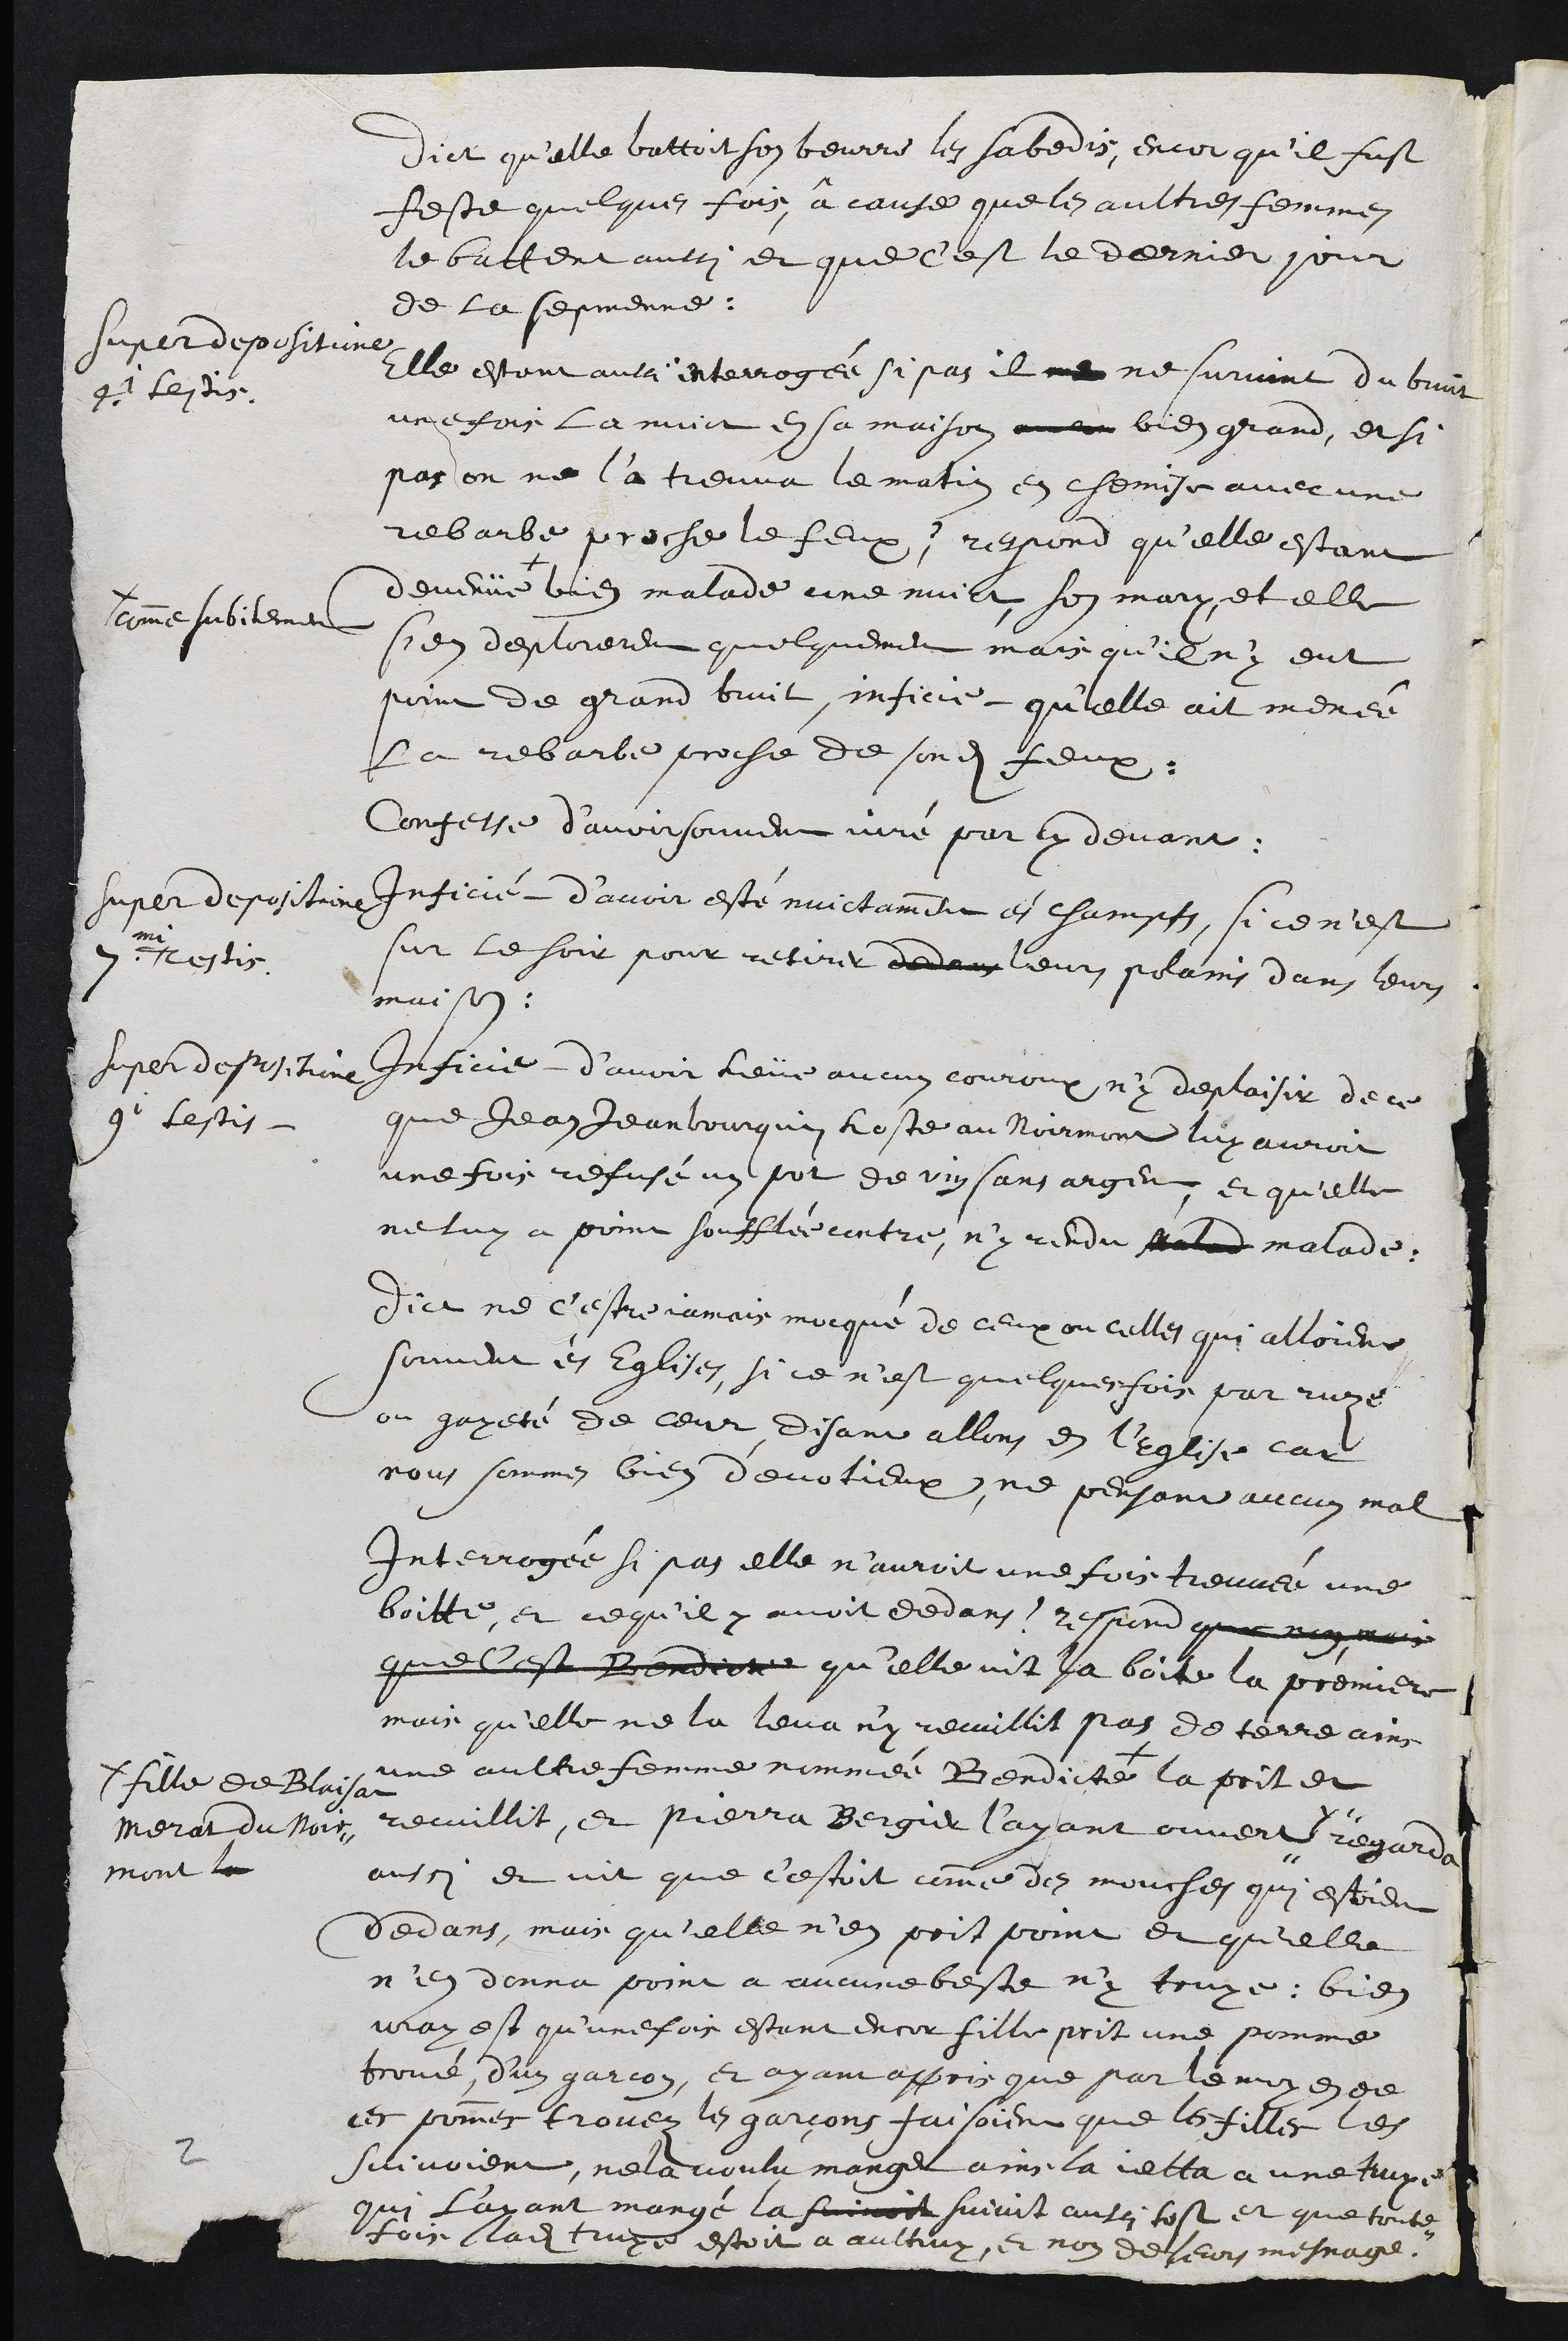
dict qu'elle battoit son beurre les sabedis, encor quil fust
feste quelques fois, â cause que les aultres femmes
le battent aussi et que C'est le dernier jour
de la sepmenne.
super depositione
4i testis
Elle estant aulci interrogée si pas il ne ne survint du bruit
une fois la nuit en sa maison avec bien grand, et si
pas on ne l'a treuva le matin en chemise avec une
rebarbe proche le feux ? respond qu'elle estant
devenue +
+ comme subitement
malade une nuict son mary et elle
s'en deplorerent quelquement mais qu'il n'y eut
point de grand bruit, inficie qu'elle ait menée
la rebarbe proche de sondit feux.
Confesse d’avoir souvent juré par cy devant
super depositione
7mi testis
Inficié d’avoir esté nuictamment ès champts, si ce nest
sur le soir pour retirer dedans leurs polains dans leurs
maison.
super depositione
9i testis
Inficie d’avoir heüe aucun couroux n'y deplaisir de ce
que Jean Jeanbourquin hoste au Noirmont luy auroit
une fois refusé un pot de vin sans argent et quelle
ne luy a point soufflée contre, ny rendu malad malade.
Dict ne c'estre jamais mocqué de ceux ou celles qui alloient
souvent ès Eglises, si ce nest quelquesfois par ruze
ou gayeté de ceur disant allons en l'Eglise car
nous sommes bien dévotieux, ne pensant aucun mal
Interrogée si pas elle n'auroit une fois treuvée une
boitte, et ce qu'il y avoit dedans ? respond que non mais
que c'est Bendicte qu'elle vit la boite la premiere
mais qu'elle ne la leva n'y remillit pas de terre ains
une aultre femme nommée Bendicte +
+ fille de Blaisa
Merat du Noir-
mont le
la prit et
recuillit, et Pierra Bergier l'ayant ouvert
y
regarda
aussi et vit que c'estoit comme des mouches qui estoient
dedans, mais qu'elle n'en prit point et qu'elle
n'en donna point a aucune beste n'y truye, bien
vray est qu'une fois estant encor fille prit une pomme
trové d'un garcon, et ayant appris que par le moyen de
ces pommes trovez les garçons faisoient que les filles les
suivoient, ne la voulu manger ains la jetta a une truye
qui l'ayant mangé la suivoit suivit aussi tost et que toute-
fois ladite truye estoit a aultruy, et non de leurs mesnage
2